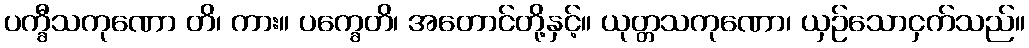
ပက္ခီသကုဏော တိ၊ ကား။ ပက္ခေတိ၊ အတောင်တို့နှင့်။ ယုတ္တသကုဏော၊ ယှဉ်သောငှက်သည်။